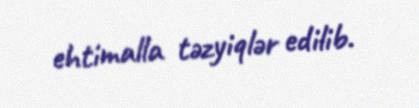
ehtimalla təzyiqlər edilib.